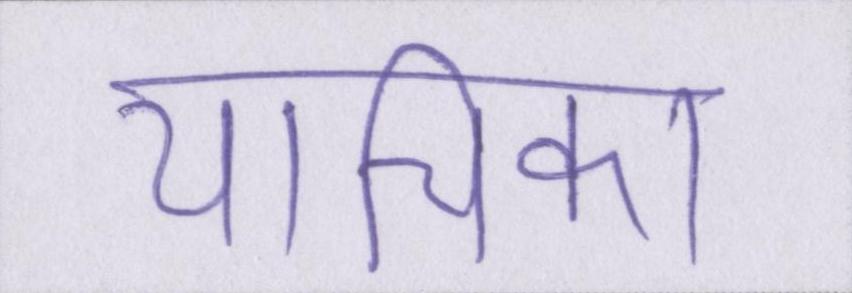
याचिका